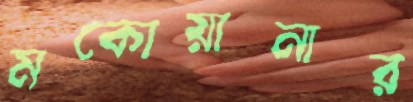
মকোয়ানার